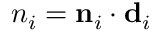
n _ { i } = { \bf n } _ { i } \cdot { \bf d } _ { i }